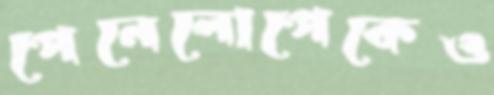
পেনেলোপেকেও